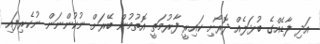
އަދި ފާޑެއްގެ ބުޅަލެއް ދޮރޯށި ކައިރީ ފާރުމަތީ އޮތުމުން ބޭރަށް ނުކުންނަން ނުކެރިފައި